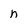
Character: n